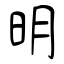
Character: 明